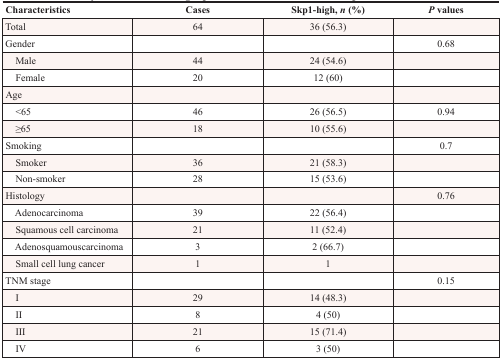
<table><thead><tr><td><b>Characteristics</b></td><td><b>Cases</b></td><td><b>Skp1-high, <i>n</i> (%)</b></td><td><b><i>P</i> values</b></td></tr></thead><tbody><tr><td>Total</td><td>64</td><td>36 (56.3)</td><td></td></tr><tr><td>Gender</td><td></td><td></td><td>0.68</td></tr><tr><td> Male</td><td>44</td><td>24 (54.6)</td><td></td></tr><tr><td> Female</td><td>20</td><td>12 (60)</td><td></td></tr><tr><td>Age</td><td></td><td></td><td></td></tr><tr><td> &lt;65</td><td>46</td><td>26 (56.5)</td><td>0.94</td></tr><tr><td> ≥65</td><td>18</td><td>10 (55.6)</td><td></td></tr><tr><td>Smoking</td><td></td><td></td><td>0.7</td></tr><tr><td> Smoker</td><td>36</td><td>21 (58.3)</td><td></td></tr><tr><td> Non-smoker</td><td>28</td><td>15 (53.6)</td><td></td></tr><tr><td>Histology</td><td></td><td></td><td>0.76</td></tr><tr><td> Adenocarcinoma</td><td>39</td><td>22 (56.4)</td><td></td></tr><tr><td> Squamous cell carcinoma</td><td>21</td><td>11 (52.4)</td><td></td></tr><tr><td> Adenosquamouscarcinoma</td><td>3</td><td>2 (66.7)</td><td></td></tr><tr><td> Small cell lung cancer</td><td>1</td><td>1</td><td></td></tr><tr><td>TNM stage</td><td></td><td></td><td>0.15</td></tr><tr><td> I</td><td>29</td><td>14 (48.3)</td><td></td></tr><tr><td> II</td><td>8</td><td>4 (50)</td><td></td></tr><tr><td> III</td><td>21</td><td>15 (71.4)</td><td></td></tr><tr><td> IV</td><td>6</td><td>3 (50)</td><td></td></tr></tbody></table>